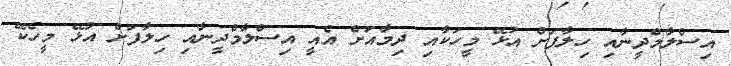
އިސްލާމްދީނާއި ހިލާފަށް އުޅޭ މީހަކާއި ދިމާއަށް އެއީ އިސްލާމްދީނާއި ހިލާފަށް އުޅޭ މީހެކޭ